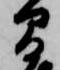
間